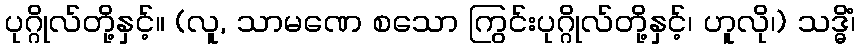
ပုဂ္ဂိုလ်တို့နှင့်။ (လူ, သာမဏေ စသော ကြွင်းပုဂ္ဂိုလ်တို့နှင့်၊ ဟူလို၊) သဒ္ဓိံ၊